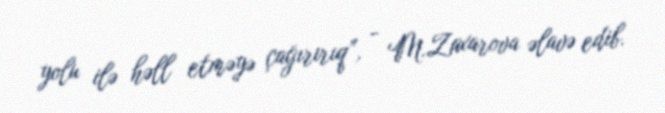
yolu ilə həll etməyə çağırırıq”, - M.Zaxarova əlavə edib.